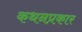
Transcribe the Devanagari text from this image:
कथनप्रकार